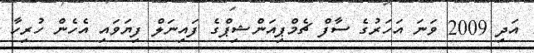
އަދި 2009 ވަނަ އަހަރުގެ ސާފް ޗެމްޕިއަންޝިޕްގެ ފައިނަލް ފިޔަވައި އެހެން ހުރިހާ